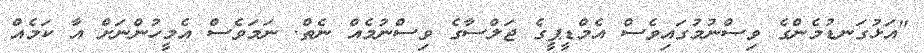
"އަޅުގަނޑުމެންގެ ވިސްނުމުގައިވެސް އެމްޑީޕީގެ ޖަލްސާގެ ވިސްނުމެއް ނެތް. ނަމަވެސް އެމީހުންނަށް އާ ކަމެއް